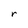
Character: r